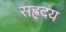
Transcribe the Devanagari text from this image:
सह्रदय